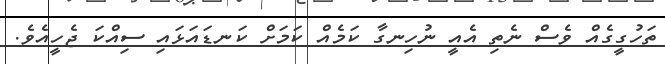
ތަހުގީގެއް ވެސް ނެތި އެއީ ނުހިނގާ ކަމެއް ކަމަށް ކަނޑައަޅައި ސިއްކަ ޖެހީއެވެ.